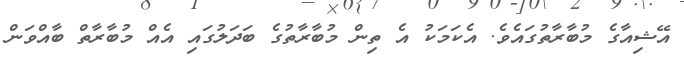
އޭޝިއާގެ މުބާރާތުގައެވެ. އެކަމަކު އެ ތިން މުބާރާތުގެ ބަދަލުގައި އެއް މުބާރާތް ބާއްވަން